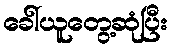
ခေါ်ယူတွေ့ဆုံပြီး